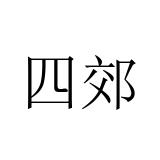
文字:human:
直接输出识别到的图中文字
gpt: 四郊